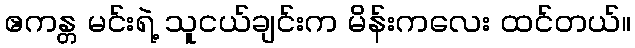
ဧကန္တ မင်းရဲ့ သူငယ်ချင်းက မိန်းကလေး ထင်တယ်။